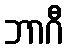
ဘာဂီ